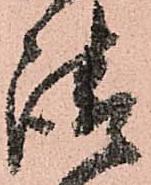
御